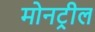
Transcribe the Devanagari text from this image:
मोनट्रील